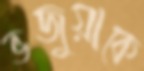
ভজুয়াকে